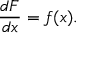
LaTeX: { \frac { d F } { d x } } = f ( x ) .